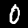
Label: 0